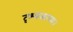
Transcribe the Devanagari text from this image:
दृश्यकाव्य।